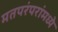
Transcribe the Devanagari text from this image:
मतपरंपरांमध्ये